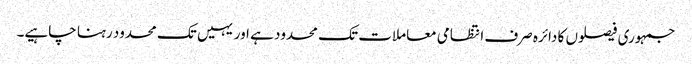
جمہوری فیصلوں کا دائرہ صرف انتظامی معاملات تک محدود ہے اور یہیں تک محدود رہنا چاہیے۔